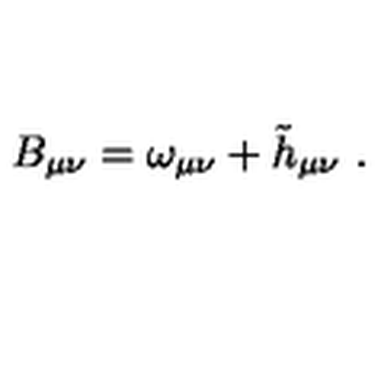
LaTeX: B _ { \mu \nu } = \omega _ { \mu \nu } + \tilde { h } _ { \mu \nu } \ .